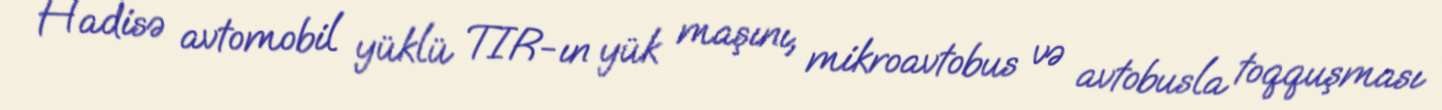
Hadisə avtomobil yüklü TIR-ın yük maşını, mikroavtobus və avtobusla toqquşması